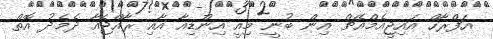
އަފްރާހް އައިޖީއެމްއެޗް އިން ބުނީ މިއީ އިންޑިއާ އާއި ރާއްޖެއާ ދެމެދު އޮތް